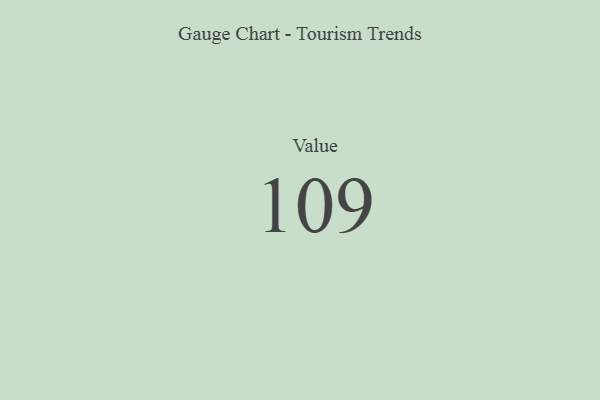
{"axis": {"x": "Metric", "y": "Value"}, "legend": [""], "data": [{"x": "Value", "y": 109, "type": ""}]}